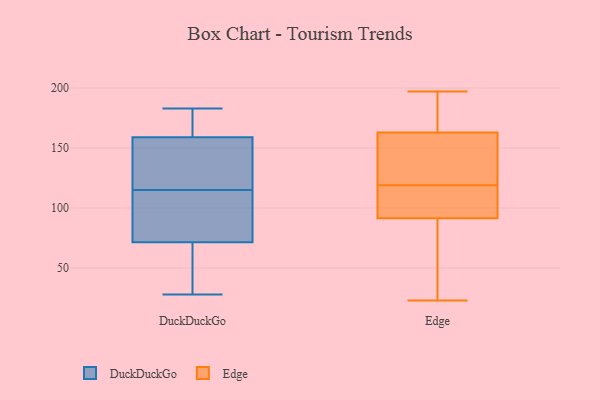
{"axis": {"x": "Production Output", "y": "Value"}, "legend": ["DuckDuckGo", "Edge"], "data": [{"x": "", "y": 72, "type": "DuckDuckGo"}, {"x": "", "y": 106, "type": "DuckDuckGo"}, {"x": "", "y": 70, "type": "DuckDuckGo"}, {"x": "", "y": 183, "type": "DuckDuckGo"}, {"x": "", "y": 155, "type": "DuckDuckGo"}, {"x": "", "y": 48, "type": "DuckDuckGo"}, {"x": "", "y": 118, "type": "DuckDuckGo"}, {"x": "", "y": 112, "type": "DuckDuckGo"}, {"x": "", "y": 28, "type": "DuckDuckGo"}, {"x": "", "y": 180, "type": "DuckDuckGo"}, {"x": "", "y": 171, "type": "DuckDuckGo"}, {"x": "", "y": 115, "type": "DuckDuckGo"}, {"x": "", "y": 128, "type": "DuckDuckGo"}, {"x": "", "y": 160, "type": "Edge"}, {"x": "", "y": 102, "type": "Edge"}, {"x": "", "y": 129, "type": "Edge"}, {"x": "", "y": 197, "type": "Edge"}, {"x": "", "y": 140, "type": "Edge"}, {"x": "", "y": 88, "type": "Edge"}, {"x": "", "y": 172, "type": "Edge"}, {"x": "", "y": 119, "type": "Edge"}, {"x": "", "y": 194, "type": "Edge"}, {"x": "", "y": 103, "type": "Edge"}, {"x": "", "y": 164, "type": "Edge"}, {"x": "", "y": 59, "type": "Edge"}, {"x": "", "y": 109, "type": "Edge"}, {"x": "", "y": 23, "type": "Edge"}, {"x": "", "y": 137, "type": "Edge"}, {"x": "", "y": 43, "type": "Edge"}, {"x": "", "y": 103, "type": "Edge"}, {"x": "", "y": 52, "type": "Edge"}, {"x": "", "y": 192, "type": "Edge"}]}